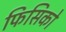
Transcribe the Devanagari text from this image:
फिसिको